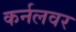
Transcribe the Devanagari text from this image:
कर्नलवर